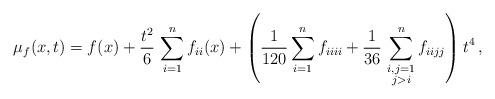
LaTeX: \begin{align*} \mu_f(x,t) = f(x) + \frac{t^2}{6}\,\sum_{i=1}^n f_{ii}(x) + \left(\frac{1}{120} \sum_{i=1}^n f_{iiii} + \frac{1}{36}\,\sum_{\substack{i,j=1 \\ j>i}}^n f_{iijj}\right) t^4\,,\end{align*}